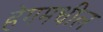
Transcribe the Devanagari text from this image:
हेगमधील